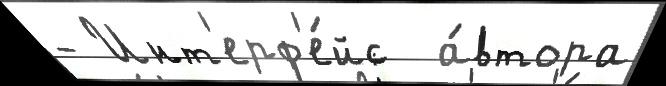
- Инт'ерф'е́йс  а́втора